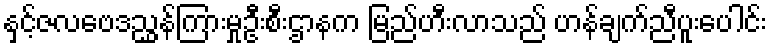
နှင့်ဇလဗေဒညွှန်ကြားမှုဦးစီးဌာနက မြည်ဟီးလာသည် ဟန်ချက်ညီပူးပေါင်း